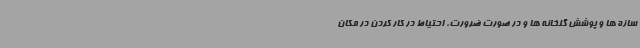
سازه ها و پوشش گلخانه ها و در صورت ضرورت، احتیاط در کار کردن در مکان